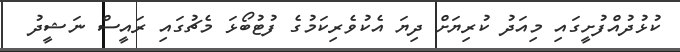
ކުޅުދުއްފުށީގައި މިއަދު ކުރިޔަށް ދިޔަ އެކުވެރިކަމުގެ ފުޓުބޯޅަ މެޗުގައި ރައީސް ނަޝީދު